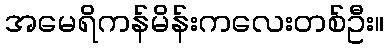
အမေရိကန်မိန်းကလေးတစ်ဦး။